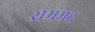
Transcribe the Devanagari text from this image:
समभंद